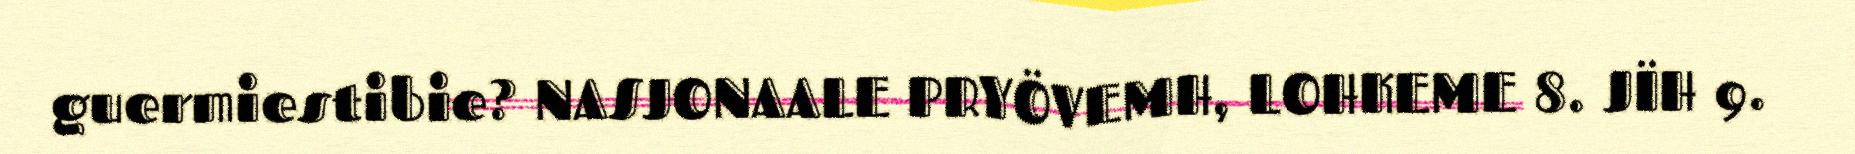
guermiestibie? NASJONAALE PRYÖVEMH, LOHKEME 8. JÏH 9.